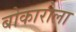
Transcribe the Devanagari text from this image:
बोकारोला